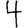
Digit: 4